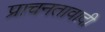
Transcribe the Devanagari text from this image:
प्राचनतावादी